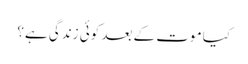
﻿ کیا موت کے بعد کوئی زندگی ہے؟